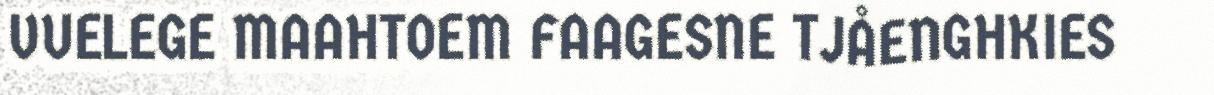
VUELEGE MAAHTOEM FAAGESNE TJÅENGHKIES